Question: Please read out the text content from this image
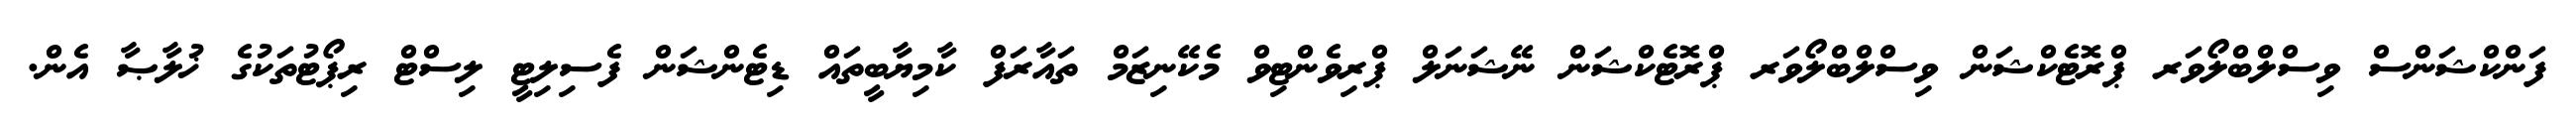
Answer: ފަންކްޝަންސް ވިސްލްބްލޯވަރ ޕްރޮޓެކްޝަން ވިސްލްބްލޯވަރ ޕްރޮޓެކްޝަން ނޭޝަނަލް ޕްރިވެންޓިވް މެކޭނިޒަމް ތައާރަފް ކާމިޔާބީތައް ޑިޓެންޝަން ފެސިލިޓީ ލިސްޓް ރިޕޯޓުތަކުގެ ޚުލާޞާ އެން.